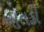
ખાતડી